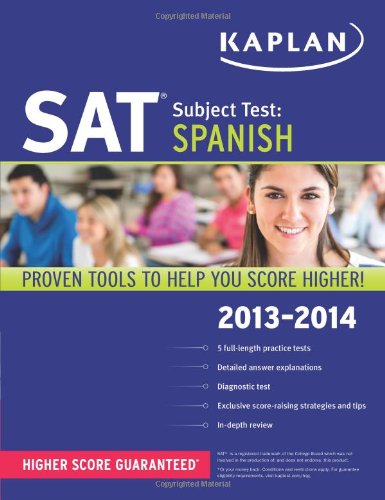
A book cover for Kaplan SAT Subject Test Spanish 2013-2014 (Kaplan Test Prep); Kaplan; Test Preparation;